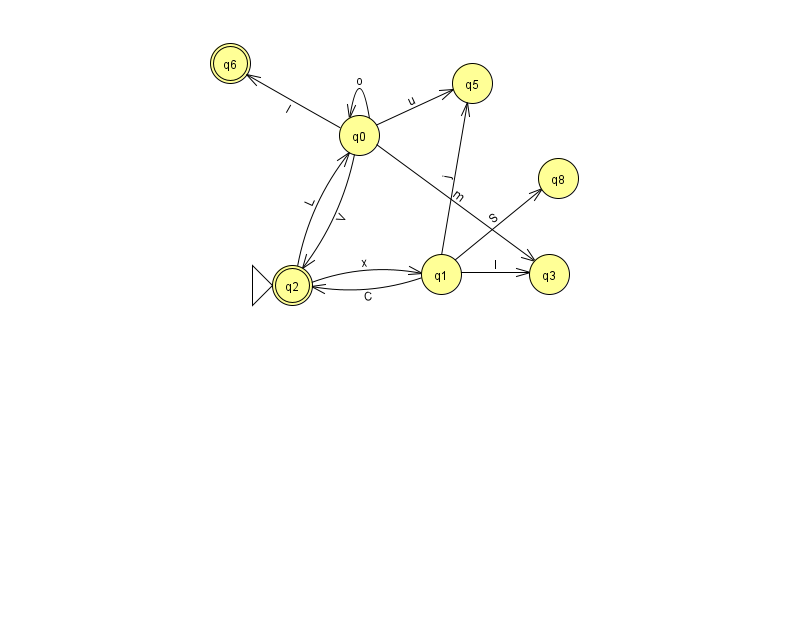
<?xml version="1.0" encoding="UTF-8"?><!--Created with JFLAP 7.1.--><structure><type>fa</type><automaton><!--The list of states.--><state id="0" name="q0"><x>359.0</x><y>122.0</y></state><state id="1" name="q1"><x>441.0</x><y>261.0</y></state><state id="2" name="q2"><x>292.0</x><y>272.0</y><initial/><final/></state><state id="3" name="q3"><x>549.0</x><y>261.0</y></state><state id="5" name="q5"><x>472.0</x><y>70.0</y></state><state id="6" name="q6"><x>230.0</x><y>50.0</y><final/></state><state id="8" name="q8"><x>558.0</x><y>165.0</y></state><!--The list of transitions.--><transition><from>0</from><to>2</to><read>V</read></transition><transition><from>0</from><to>5</to><read>u</read></transition><transition><from>0</from><to>6</to><read>I</read></transition><transition><from>2</from><to>1</to><read>x</read></transition><transition><from>1</from><to>5</to><read>j</read></transition><transition><from>0</from><to>3</to><read>m</read></transition><transition><from>2</from><to>0</to><read>L</read></transition><transition><from>1</from><to>8</to><read>S</read></transition><transition><from>1</from><to>3</to><read>l</read></transition><transition><from>0</from><to>0</to><read>o</read></transition><transition><from>1</from><to>2</to><read>C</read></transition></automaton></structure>